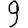
Digit: 9